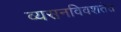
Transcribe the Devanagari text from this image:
व्यसनविवशतेत